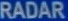
Radar